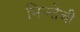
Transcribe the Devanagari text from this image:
भिन्न्तेची